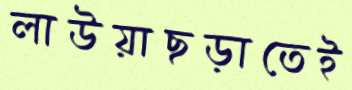
লাউয়াছড়াতেই